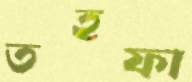
তহফা